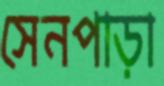
সেনপাড়া